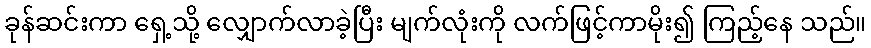
ခုန်ဆင်းကာ ရှေ့သို့ လျှောက်လာခဲ့ပြီး မျက်လုံးကို လက်ဖြင့်ကာမိုး၍ ကြည့်နေ သည်။